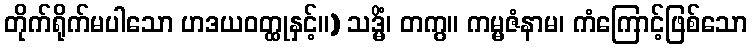
တိုက်ရိုက်မပါသော ဟဒယဝတ္ထုနှင့်။) သဒ္မိံ၊ တကွ။ ကမ္မဇံနာမ၊ ကံကြောင့်ဖြစ်သော